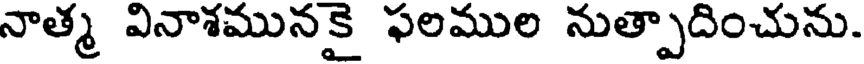
నాత్మ వినాశమునకై ఫలముల నుత్పాదించును.